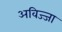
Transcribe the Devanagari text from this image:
अविज्जा